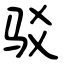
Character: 驳